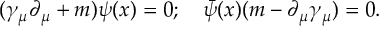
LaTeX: ( { \gamma } _ { \mu } \partial _ { \mu } + m ) \psi ( x ) = 0 ; \quad { \bar { \psi } } ( x ) ( m - \partial _ { \mu } \gamma _ { \mu } ) = 0 .